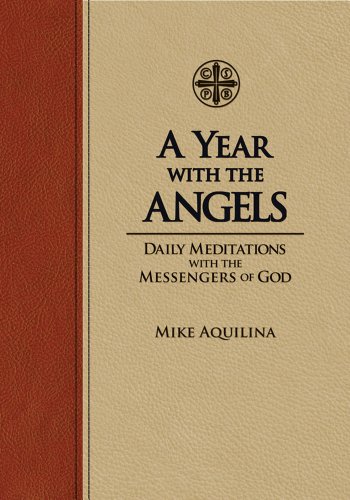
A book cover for A Year With The Angels; Mike Aquilina; Christian Books & Bibles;